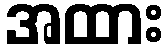
အထား